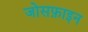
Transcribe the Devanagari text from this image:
जोसफ़ाइन